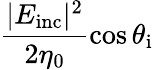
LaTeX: \frac{|E_{\mathrm{inc}}|^{2}}{2\eta_{0}}\cos\theta_{\mathrm{i}}